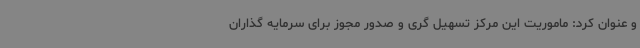
و عنوان کرد: ماموریت این مرکز تسهیل گری و صدور مجوز برای سرمایه گذاران